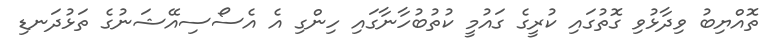
ތޮއްޔިބު ވިދާޅުވި ގޮތުގައި ކުރީގެ ގައުމީ ކުތުބުހާނާގައި ހިންގި އެ އެސޯސިއޭޝަނުގެ ތަޅުދަނޑި